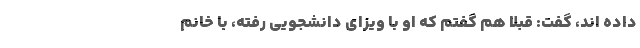
داده اند، گفت: قبلا هم گفتم که او با ویزای دانشجویی رفته، با خانم